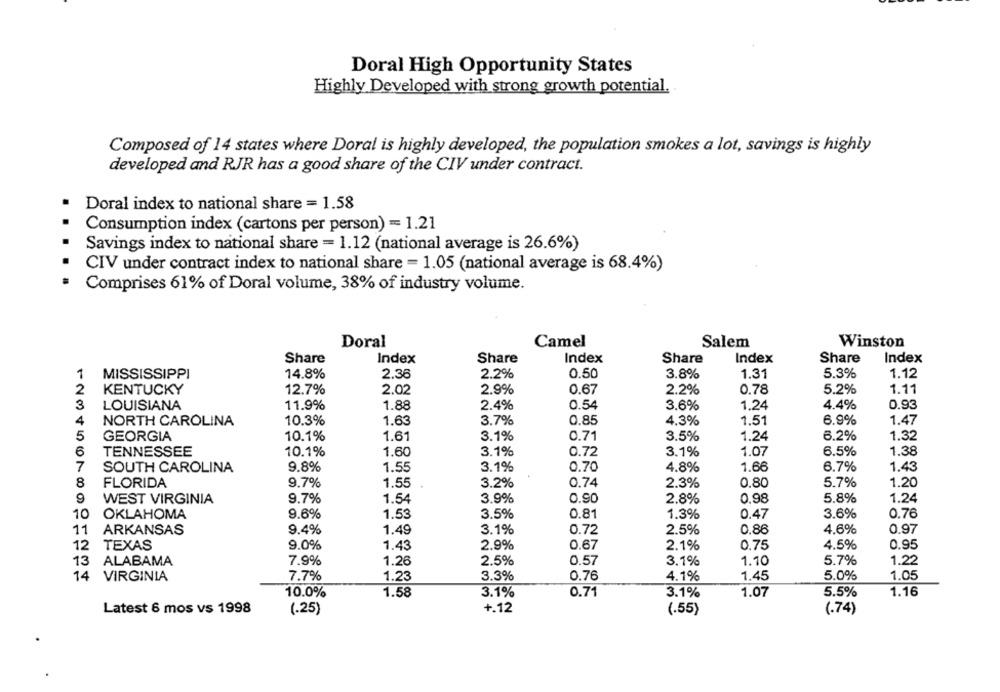
Doral High Opportunity States
Highly Developed with strong growth potential.
Composed of 14 states where Doral is highly developed, the population smokes a lot, savings is highly
developed and RJR has a good share of the CIV under contract.
Doral index to national share = 1.58
Consumption index (cartons per person) = 1.21
Savings index to national share = 1.12 (national average is 26.6%)
CIV under contract index to national share = 1.05 (national average is 68.4%)
Comprises 61% of Doral volume, 38% of industry volume.
Doral
Camel
Salem
Winston
Share
Index
Share
Index
Share
Index
Share
Index
2.2%
0.50
3.8%
1.31
5.3%
1
MISSISSIPPI
14.8%
2.36
1.12
2
KENTUCKY
12.7%
2.02
2.9%
0.67
2.2%
0.78
5.2%
1.11
3
LOUISIANA
11.9%
1.88
2.4%
0.54
3.6%
1.24
4.4%
0.93
4
NORTH CAROLINA
10.3%
1.63
3.7%
0.85
4.3%
1.51
6.9%
1.47
5
10.1%
3.1%
0.71
3.5%
6.2%
1.32
GEORGIA
1.61
1.24
6
TENNESSEE
10.1%
1.60
3.1%
0.72
3.1%
1.07
6.5%
1.38
7
SOUTH CAROLINA
9.8%
1.55
3.1%
0.70
4.8%
1.66
6.7%
1.43
8
FLORIDA
9.7%
1.55
3.2%
0.74
2.3%
0.80
5.7%
1.20
9
0.90
WEST VIRGINIA
9.7%
1.54
3.9%
2.8%
0,98
5.8%
1.24
10
OKLAHOMA
9.6%
1.53
3.5%
0.81
1.3%
0.47
3.6%
0.76
11
ARKANSAS
9.4%
1.49
3.1%
0.72
2.5%
0.86
4.6%
0.97
12
TEXAS
9.0%
1.43
2.9%
0.67
2.1%
0.75
4.5%
0.95
7.9%
1.26
2.5%
0.57
1.10
5.7%
13 ALABAMA
3.1%
1.22
14
VIRGINIA
7.7%
1.23
3.3%
0.76
4.1%
1.45
5.0%
1.05
10.0%
1.58
3.1%
0.71
3.1%
1.07
5.5%
1.16
+.12
Latest 6 mos vs 1998
(.25)
(.55)
(.74)